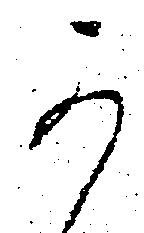
可